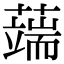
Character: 𦾸